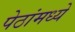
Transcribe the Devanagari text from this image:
पेठांमध्ये